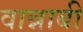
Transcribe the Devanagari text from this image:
वान्नाबी